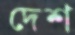
দেশ